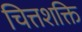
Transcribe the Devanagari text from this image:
चित्तशक्ति